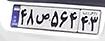
۴۸ص۵۶۴۴۳